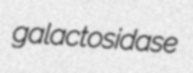
galactosidase